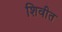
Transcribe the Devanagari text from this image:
शिवीत